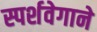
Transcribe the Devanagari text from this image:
स्पर्शवेगाने